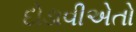
દોડાવીએતો